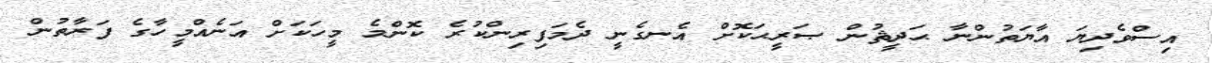
އިސްވެދިޔަ އާޔަތުންނާ ޙަދީޘުން ޞަރީޙަކޮށް އެނގެނީ ދެމަފިރިންކުރެ ކޮންމެ މީހަކަށް އަނެއްމީހާގެ ފަރާތުން